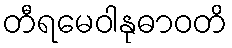
တီရမေဝါနုဓာဝတိ